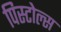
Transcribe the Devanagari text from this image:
पिस्टोल्स